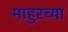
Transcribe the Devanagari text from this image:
माहुरच्या